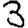
Digit: 3